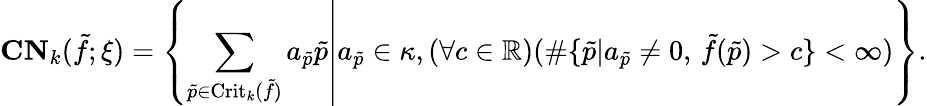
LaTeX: \mathbf{CN}_{k}(\tilde{f};\xi)=\left\{ \left.\sum_{\tilde{p}\in\mathrm{Crit}_{k}(\tilde{f})}a_{\tilde{p}}\tilde{p}\right|a_{\tilde{p}}\in\kappa,(\forall c\in\mathbb{R})(\# \{ \tilde{p}|a_{\tilde{p}}\neq 0,\, \tilde{f}(\tilde{p})>c\} <\infty)\right\} .